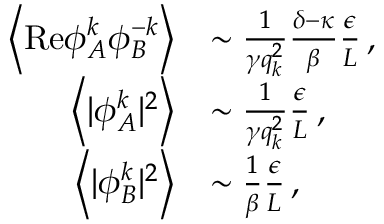
\begin{array} { r l } { \left\langle \mathrm { R e } { \phi } _ { A } ^ { k } { \phi } _ { B } ^ { - k } \right\rangle } & { \sim \frac { 1 } { \gamma q _ { k } ^ { 2 } } \frac { \delta - \kappa } { \beta } \frac { \epsilon } { L } \, , } \\ { \left\langle \vert { \phi } _ { A } ^ { k } \vert ^ { 2 } \right\rangle } & { \sim \frac { 1 } { \gamma q _ { k } ^ { 2 } } \frac { \epsilon } { L } \, , } \\ { \left\langle \vert { \phi } _ { B } ^ { k } \vert ^ { 2 } \right\rangle } & { \sim \frac { 1 } { \beta } \frac { \epsilon } { L } \, , } \end{array}